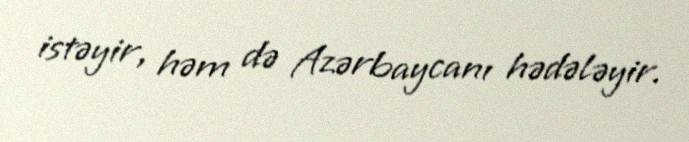
istəyir, həm də Azərbaycanı hədələyir.